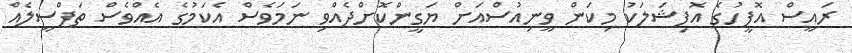
ރައީސް އޮފީހުގެ އޮފިޝަލަކު މިކަން ވީނިއުސްއަށް ޔަގީންކޮށްދެއްވި ނަމަވެސް އެކަމުގެ އެއްވެސް ތަފްސީލެއް